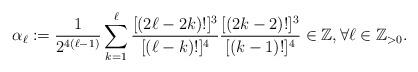
LaTeX: \begin{align*}\alpha_\ell:=\frac{1}{2^{4(\ell-1)}}\sum_{k=1}^{\ell} \frac{ [(2 \ell-2k)!]^3}{ [( \ell-k)!]^4}\frac{ [(2k-2)!]^3}{ [(k-1)!]^4}\in\mathbb Z,\forall \ell\in\mathbb Z_{>0}.\end{align*}